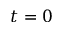
t = 0